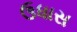
ઉધાસ